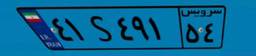
۴۱S۴۹۱۵۴